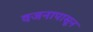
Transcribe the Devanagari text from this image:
वजनापासून